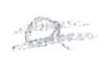
Text: a
Cross-out: double-line
Writing tool: pencil